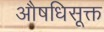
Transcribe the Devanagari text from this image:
औषधिसूक्त